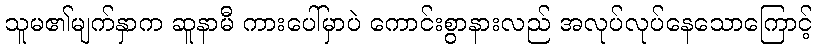
သူမ၏မျက်နှာက ဆူနာမီ ကားပေါ်မှာပဲ ကောင်းစွာနားလည် အလုပ်လုပ်နေသောကြောင့်